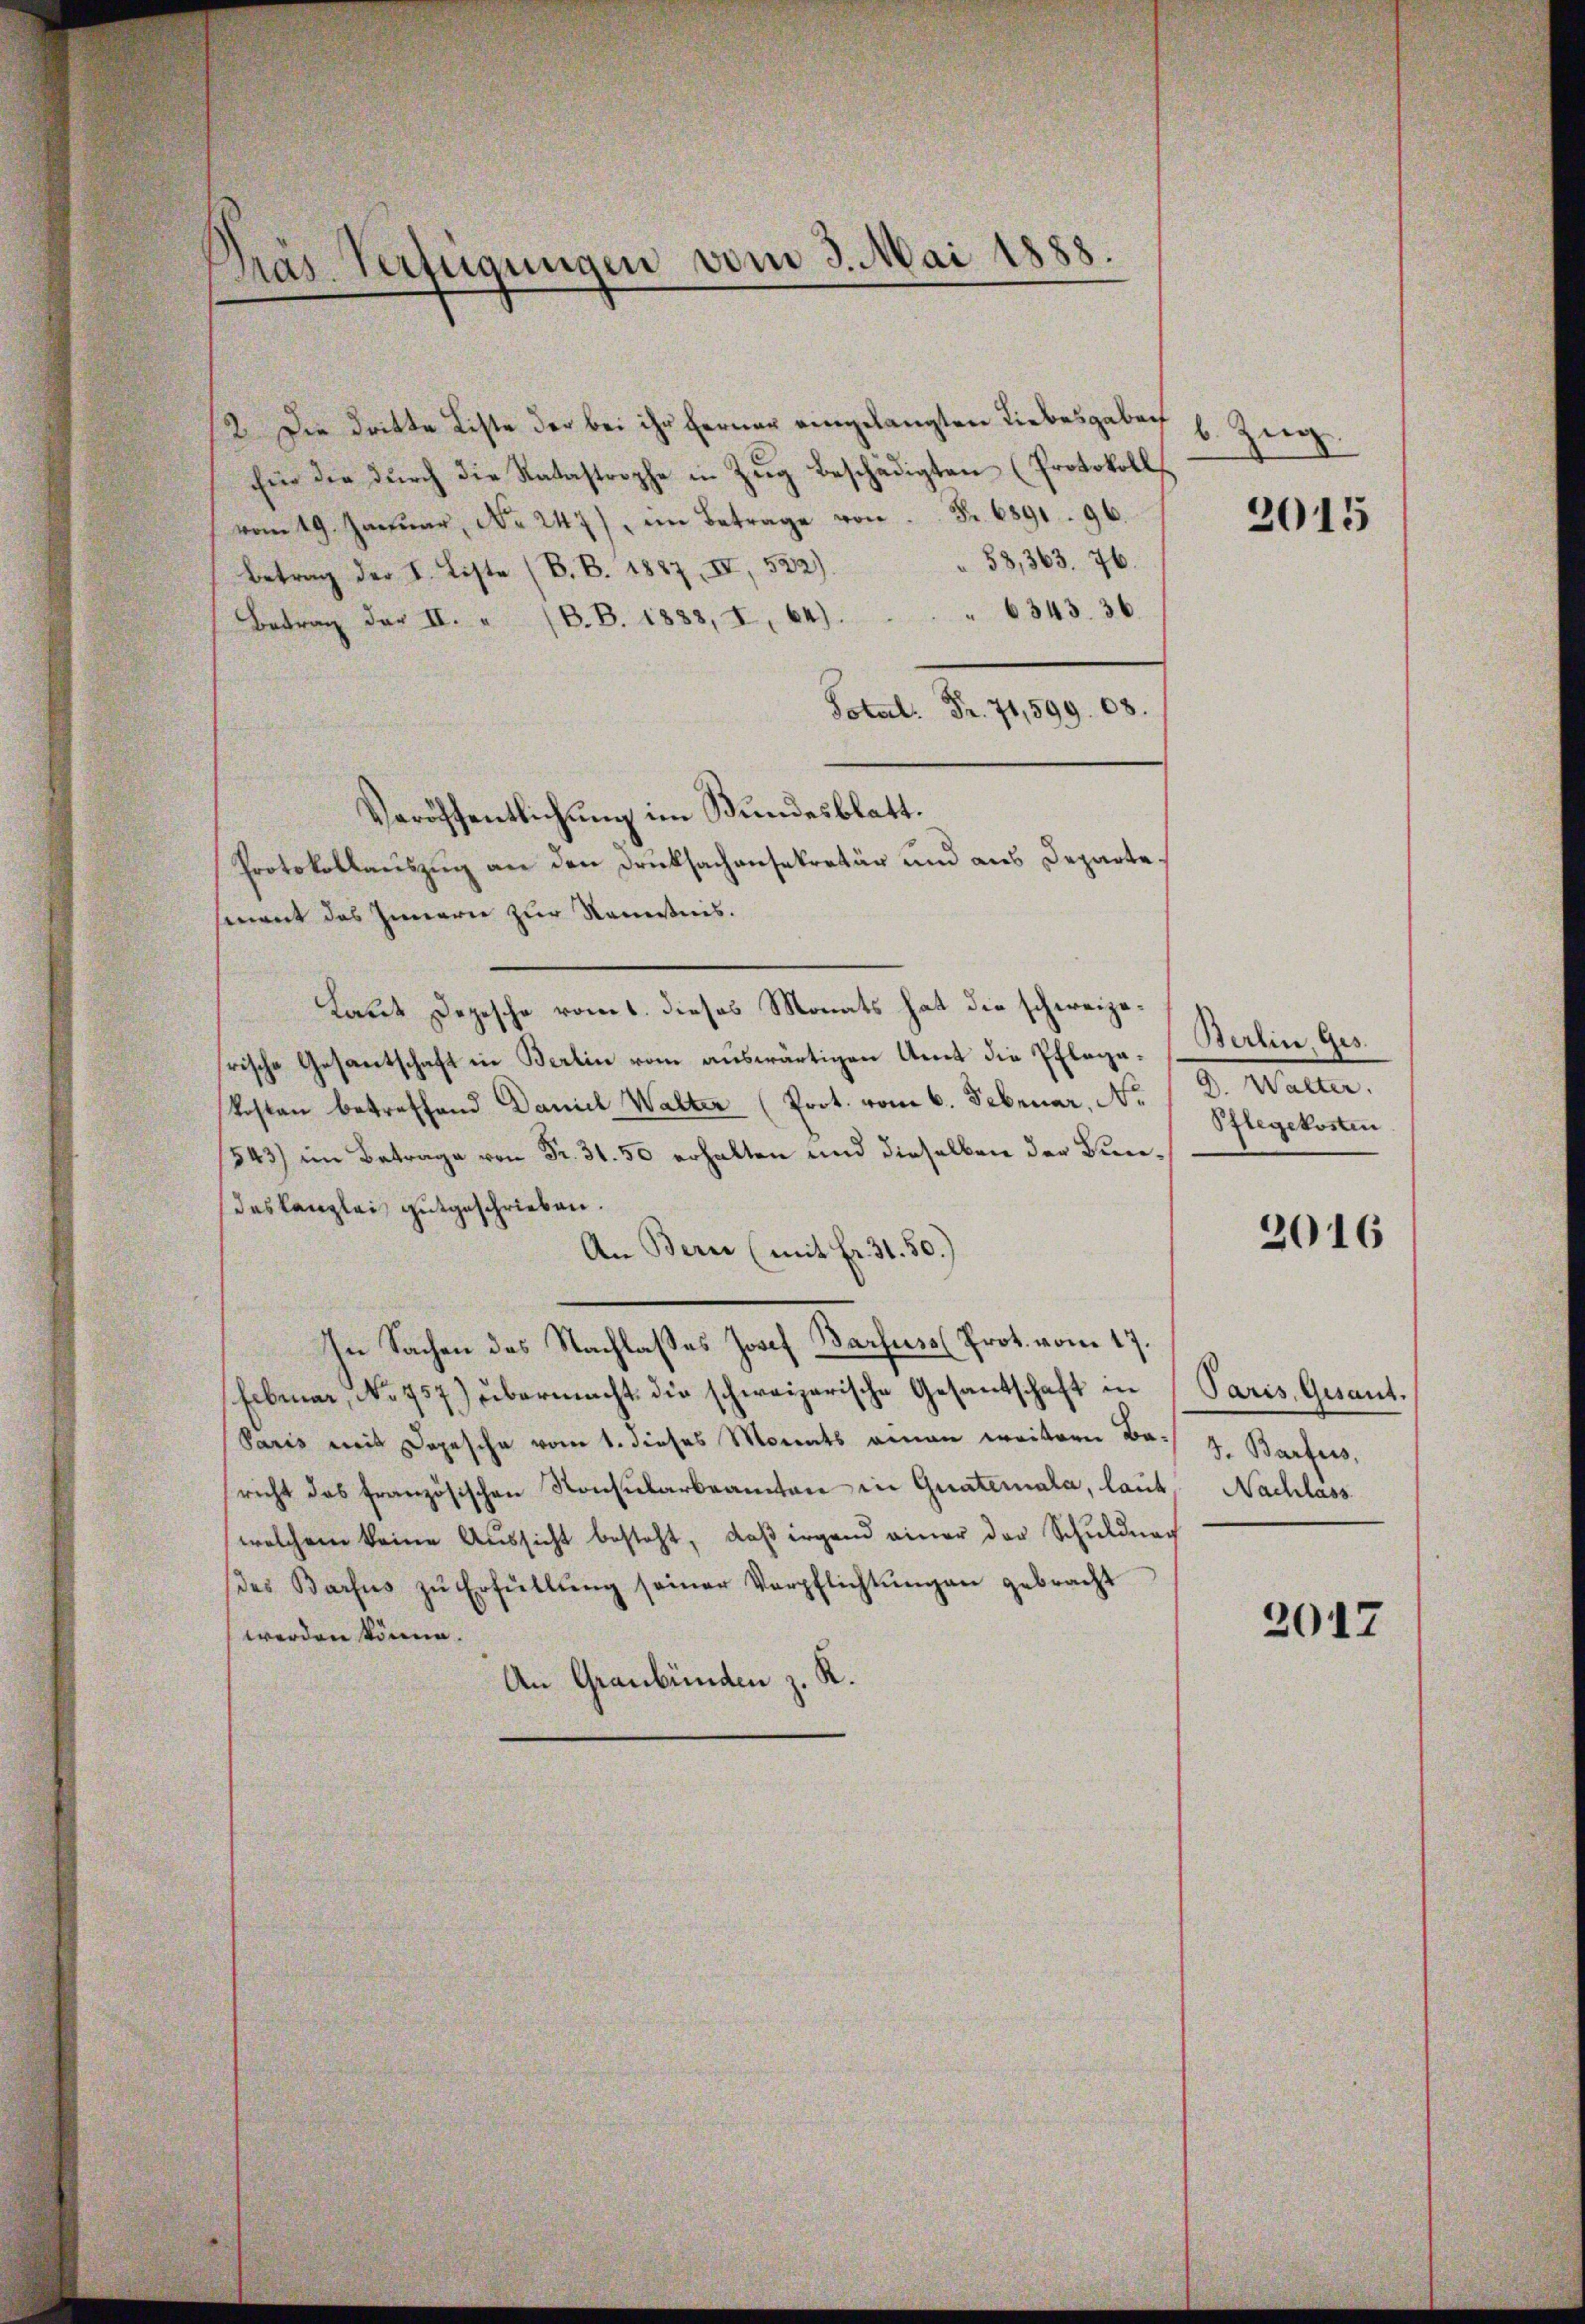
Pras Verfügungen vom 3. Mai 1888.

2. Die dritte Liste der bei ihr Ferner eingelangten Liebesgaben
Ein die durch die Ratastrophe in Zug beschädigten (Protokolls
vom 19. Januar, No. 247), im Betrage von Fr. 6891. 96.
53,363. 76.
Betrag der I. Liste (B.B. 1887, II, 522).
Betrag der II. „ (B.B. 1883, X, 64. 6343. 36
 . 599. 08.
Veröffentlichung im Bundesblatt.
Protokollauszug an den Druksachensekretär und aus Departement das Innern zur Kenntnis.
Laut Depesche vom 1. dieses Monats hat die schweizerische Gesantschaft in Berlin vom auswärtigen Amt die Pflegakosten betreffend Daniel Walter (Prot. vom 6. Februar, No
1543) im Betrage von Fr. 31. 50 erhalten und dieselben der Bundeskanzlei gutgeschrieben.
An Bern (mit Fr. 31. 50.)
In Sachen des Nachlaßes Josef Barfuss (Prot. vom 17.
Februar, No 757) übermacht die schweizerische Gesantschaft in
Paris mit Depesche vom 1. dieses Monats einen weitern Bericht das französischen Konsularbeamten in Grateriala, laut Nachlass
welchem keine Aussicht besteht, daß irgend einer der Schuldnach
des Barfus zŭ Erfüllŭng seiner Verpflichtŭngen gebracht
werden könne.
An Graubünden z. R.

b. Zug.

2015

Berlin, Ges.
D. Walter.
Pflegekosten

2016

Paris, Gesant.
J. Barfers,

2017